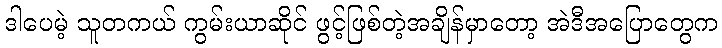
ဒါပေမဲ့ သူတကယ် ကွမ်းယာဆိုင် ဖွင့်ဖြစ်တဲ့အချိန်မှာတော့ အဲဒီအပြောတွေက